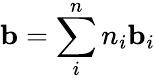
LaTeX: \mathbf{b}=\sum_{i}^{n}n_{i}\mathbf{b}_{i}